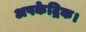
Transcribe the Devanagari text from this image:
अपकेद्रिक।